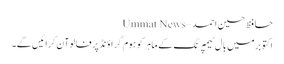
حافظ حسین احمد – Ummat News
اکتوبرمیں بال ٹیمپرنگ کے ماہر کو ہوم گراؤنڈ پرفالوآن کرائیں گے۔